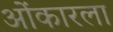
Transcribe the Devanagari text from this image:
ओंकारला